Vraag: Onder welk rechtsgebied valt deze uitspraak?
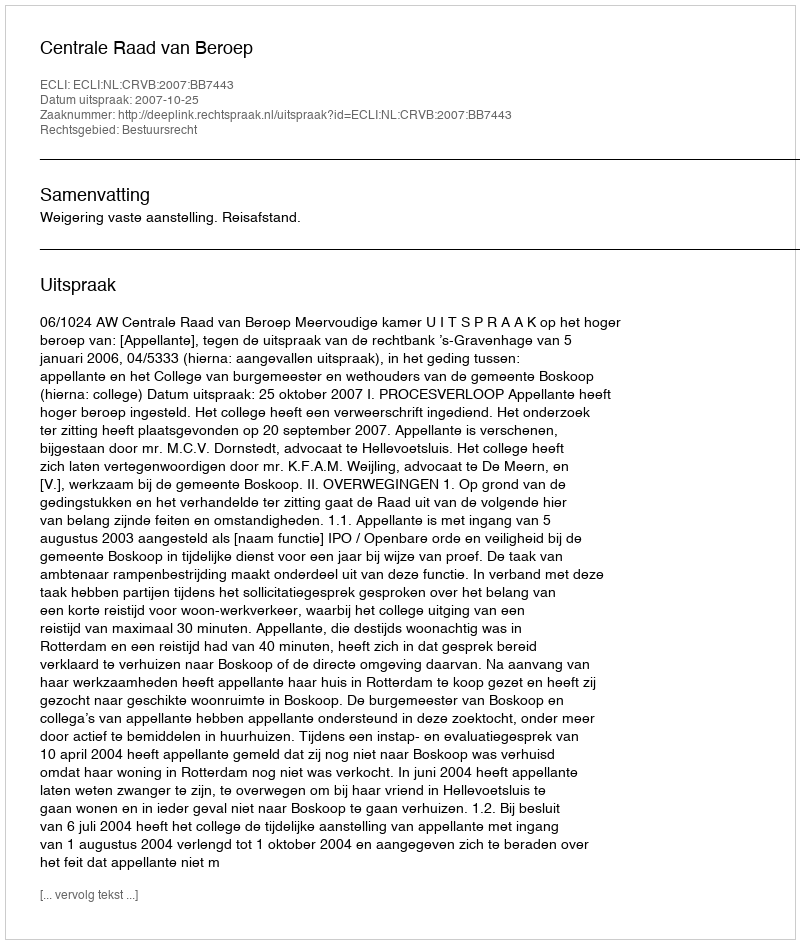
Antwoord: Bestuursrecht